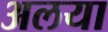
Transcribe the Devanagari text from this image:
अलया